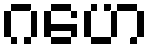
ဂဟေ